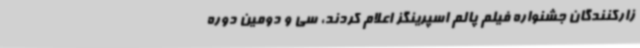
زارکنندگان جشنواره فیلم پالم اسپرینگز اعلام کردند، سی و دومین دوره